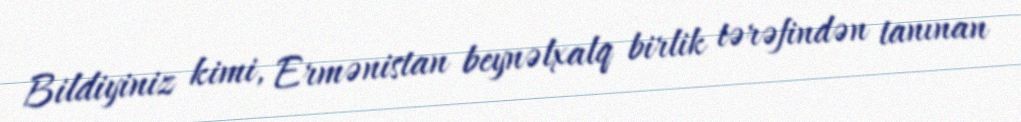
Bildiyiniz kimi, Ermənistan beynəlxalq birlik tərəfindən tanınan